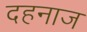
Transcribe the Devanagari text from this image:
दहनाज